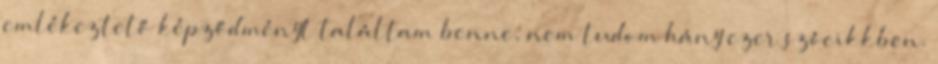
emlékeztető képződményt találtam benne, nem tudom hány ezer szócikkben.